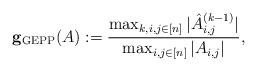
\begin{align*}{\bf g_{\rm GEPP}}(A):=\frac{ \max_{k,i,j \in [n]} |\hat A^{(k-1)}_{i,j}|}{\max_{i,j\in[n]} |A_{i,j}|},\end{align*}